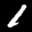
Label: 1